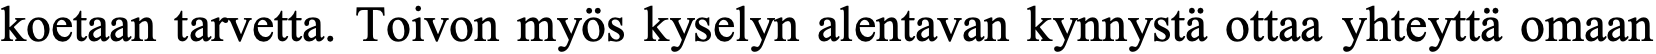
koetaan tarvetta. Toivon myös kyselyn alentavan kynnystä ottaa yhteyttä omaan